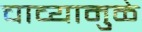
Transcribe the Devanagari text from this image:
चाव्यामुळे